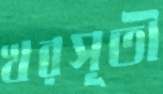
খরসূতী